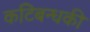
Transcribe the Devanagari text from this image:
कटिबन्धकी